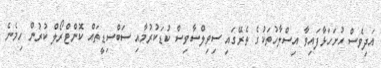
އަދިވެސް ހުށަހަޅާފައިވާ އިސްލާހުތަކުގެ ތެރޭގައި ސިވިލްސާވިސް ކުޑަކުރުމާއި ސަބްސިޑީތައް ކޮންޓްރޯލް ކުރުން ހިމެނެ